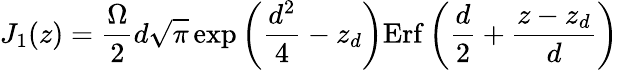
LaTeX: J_{1}(z)=\frac{\Omega}{2}d\sqrt{\pi}\exp{\bigg(\frac{d^{2}}{4}-z_{d}\bigg)}\mathrm{Erf}\, {\bigg(\frac{d}{2}+\frac{z-z_{d}}{d}\bigg)}